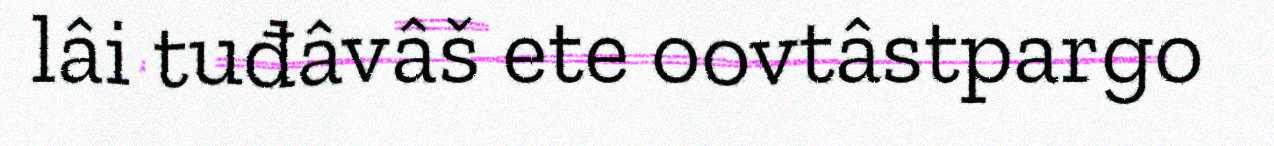
lâi tuđâvâš ete oovtâstpargo